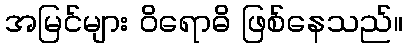
အမြင်များ ဝိရောဓိ ဖြစ်နေသည်။